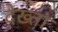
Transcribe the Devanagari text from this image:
देख्ता